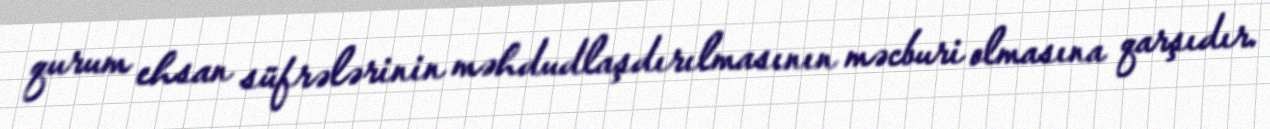
qurum ehsan süfrələrinin məhdudlaşdırılmasının məcburi olmasına qarşıdır.